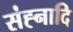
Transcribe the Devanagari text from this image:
संह्नादि